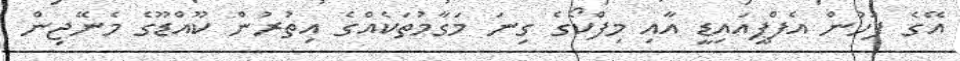
އޭގެ ފަހުން އެފްޕީއައިޑީ އާއި މިފްކޯގެ ގިނަ މަގާމުތަކެއްގެ އިތުރުން ކޫއްޑޫގެ މެނޭޖިން